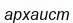
архаист